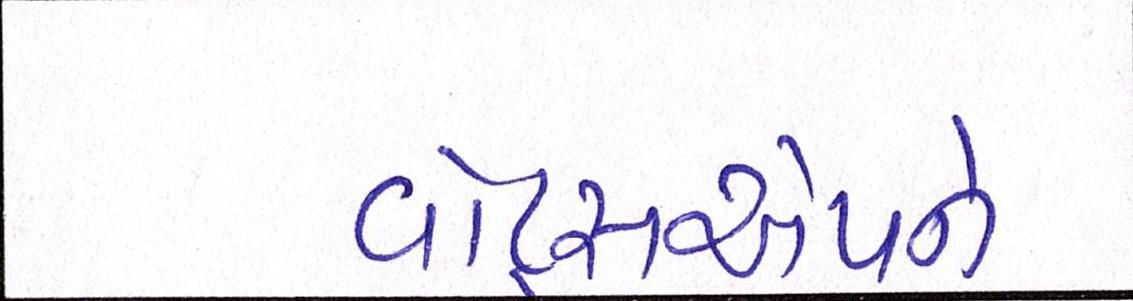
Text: વૉટ્સએપને